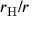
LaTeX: r _ { \mathrm { H } } / r